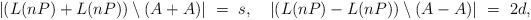
LaTeX: \begin{align*}|(L(nP)+L(nP)) \setminus (A+A)|\ =\ s,\ \ \ |(L(nP)-L(nP)) \setminus (A-A)|\ =\ 2d,\end{align*}